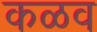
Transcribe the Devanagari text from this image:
कळव